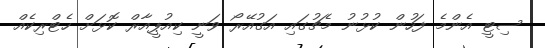
ސިޓީ އެންމެ ފަހުން ކުޅުނު މެޗުގައި އަގުއޭރޯ ވަނީ ކިއުޕީއާރް ކޮޅަށް ހެޓްރިކެއް